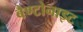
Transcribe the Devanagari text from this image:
बैण्टोनाइट